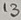
Text: 13